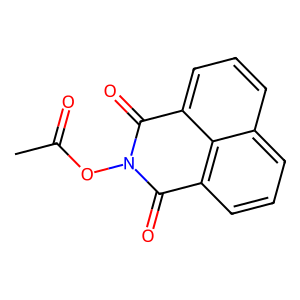
SMILES: CC(=O)ON1C(=O)c2cccc3cccc(c23)C1=O
Inhibits HIV replication: No